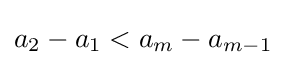
a_{2}-a_{1}<a_{m}-a_{m-1}